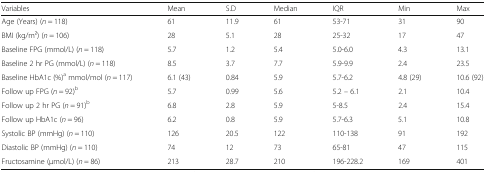
<table><thead><tr><td><b>Variables</b></td><td><b>Mean</b></td><td><b>S.D</b></td><td><b>Median</b></td><td><b>IQR</b></td><td><b>Min</b></td><td><b>Max</b></td></tr></thead><tbody><tr><td>Age (Years) (<i>n</i> = 118)</td><td>61</td><td>11.9</td><td>61</td><td>53-71</td><td>31</td><td>90</td></tr><tr><td>BMI (kg/m2) (<i>n</i> = 106)</td><td>28</td><td>5.1</td><td>28</td><td>25-32</td><td>17</td><td>47</td></tr><tr><td>Baseline FPG (mmol/L) (<i>n</i> = 118)</td><td>5.7</td><td>1.2</td><td>5.4</td><td>5.0-6.0</td><td>4.3</td><td>13.1</td></tr><tr><td>Baseline 2 hr PG (mmol/L) (<i>n</i> = 118)</td><td>8.5</td><td>3.7</td><td>7.7</td><td>5.9-9.9</td><td>2.4</td><td>23.5</td></tr><tr><td>Baseline HbA1c (%)<sup>a</sup> mmol/mol (<i>n</i> = 117)</td><td>6.1 (43)</td><td>0.84</td><td>5.9</td><td>5.7-6.2</td><td>4.8 (29)</td><td>10.6 (92)</td></tr><tr><td>Follow up FPG (<i>n</i> = 92)<sup>b</sup></td><td>5.7</td><td>0.99</td><td>5.6</td><td>5.2 – 6.1</td><td>2.1</td><td>10.4</td></tr><tr><td>Follow up 2 hr PG (<i>n</i> = 91)<sup>b</sup></td><td>6.8</td><td>2.8</td><td>5.9</td><td>5-8.5</td><td>2.4</td><td>15.4</td></tr><tr><td>Follow up HbA1c (<i>n</i> = 96)</td><td>6.2</td><td>0.8</td><td>5.9</td><td>5.7-6.3</td><td>5.1</td><td>10.8</td></tr><tr><td>Systolic BP (mmHg) (<i>n</i> = 110)</td><td>126</td><td>20.5</td><td>122</td><td>110-138</td><td>91</td><td>192</td></tr><tr><td>Diastolic BP (mmHg) (<i>n</i> = 110)</td><td>74</td><td>12</td><td>73</td><td>65-81</td><td>47</td><td>115</td></tr><tr><td>Fructosamine (μmol/L) (<i>n</i> = 86)</td><td>213</td><td>28.7</td><td>210</td><td>196-228.2</td><td>169</td><td>401</td></tr></tbody></table>